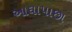
આઘાપાછા